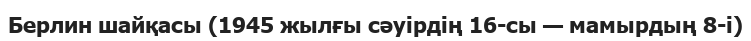
Берлин шайқасы (1945 жылғы сәуірдің 16-сы — мамырдың 8-і)